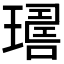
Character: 𤩇